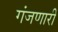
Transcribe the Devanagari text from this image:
गंजणारी